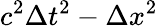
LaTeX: c^{2}\Delta t^{2}-\Delta x^{2}